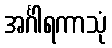
အင်္ဂါရကာသုံ